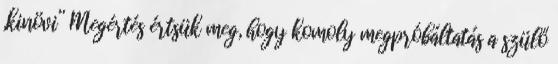
„kinövi” Megértés értsük meg, hogy komoly megpróbáltatás a szülő